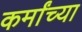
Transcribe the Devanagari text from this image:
कर्मांच्या